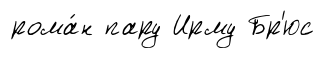
рома́н пару Ирму Бр'юс